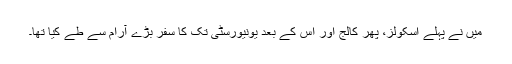
میں نے پہلے اسکولز، پھر کالج اور اس کے بعد یونیورسٹی تک کا سفر بڑے آرام سے طے کیا تھا۔